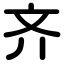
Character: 齐